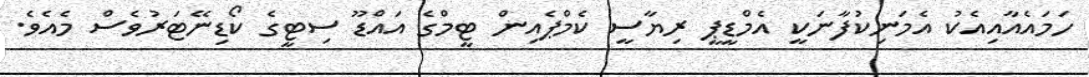
ހަމައެއާއިއެކު އެމަނިކުފާނަކީ އެމްޑީޕީ ރިޔާސީ ކެމްޕެއިން ޓީމްގެ އައްޑޫ ސިޓީގެ ކޯޑިނޭޓަރުވެސް މެއެވެ.